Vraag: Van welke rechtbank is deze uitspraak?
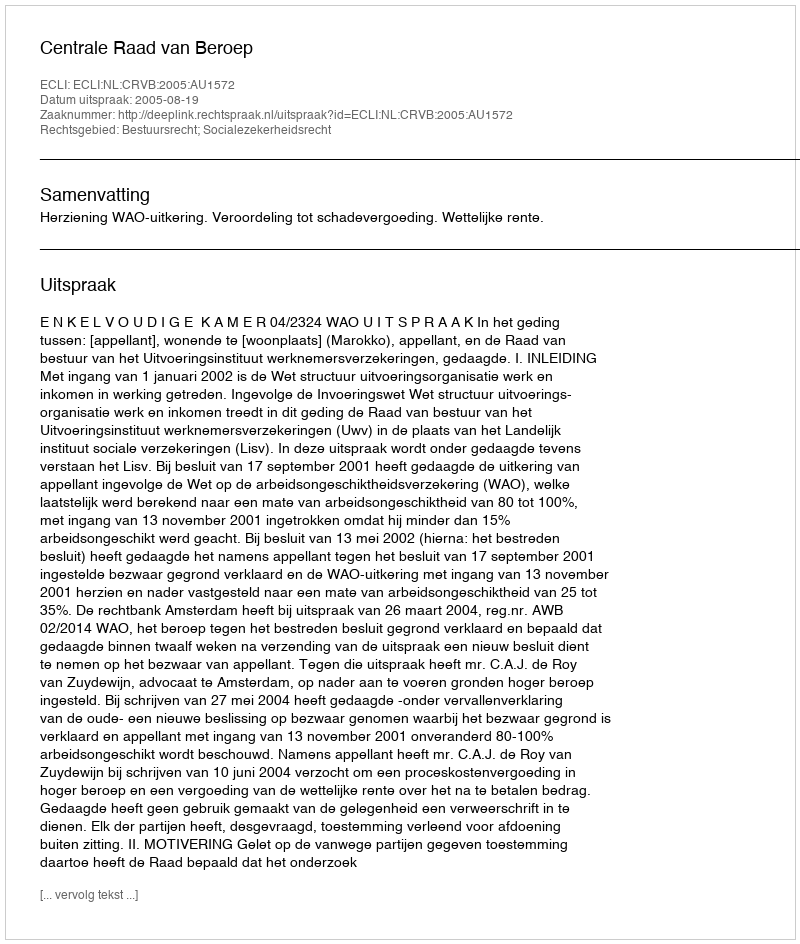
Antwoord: Centrale Raad van Beroep